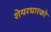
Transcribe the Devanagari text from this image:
शेयरधारको